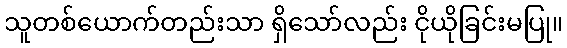
သူတစ်ယောက်တည်းသာ ရှိသော်လည်း ငိုယိုခြင်းမပြု။